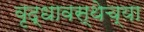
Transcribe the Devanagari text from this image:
वृद्धावस्थेच्या